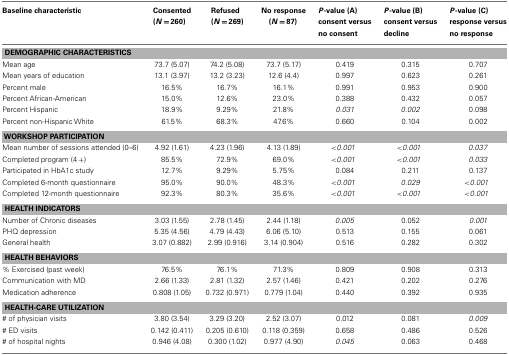
<table><thead><tr><td><b>Baseline characteristic</b></td><td><b>Consented (<i>N</i> = 260)</b></td><td><b>Refused (<i>N</i> = 269)</b></td><td><b>No response(<i>N</i> = 87)</b></td><td><b><i>P</i>-value (A) consent versus no consent</b></td><td><b><i>P</i>-value (B) consent versus decline</b></td><td><b><i>P</i>-value (C) response versus no response</b></td></tr></thead><tbody><tr><td colspan="7"><b>DEMOGRAPHIC CHARACTERISTICS</b></td></tr><tr><td>Mean age</td><td>73.7 (5.07)</td><td>74.2 (5.08)</td><td>73.7 (5.17)</td><td>0.419</td><td>0.315</td><td>0.707</td></tr><tr><td>Mean years of education</td><td>13.1 (3.97)</td><td>13.2 (3.23)</td><td>12.6 (4.4)</td><td>0.997</td><td>0.623</td><td>0.261</td></tr><tr><td>Percent male</td><td>16.5%</td><td>16.7%</td><td>16.1%</td><td>0.991</td><td>0.953</td><td>0.900</td></tr><tr><td>Percent African-American</td><td>15.0%</td><td>12.6%</td><td>23.0%</td><td>0.388</td><td>0.432</td><td>0.057</td></tr><tr><td>Percent Hispanic</td><td>18.9%</td><td>9.29%</td><td>21.8%</td><td><i>0.031</i></td><td><i>0.002</i></td><td>0.098</td></tr><tr><td>Percent non-Hispanic White</td><td>61.5%</td><td>68.3%</td><td>47.6%</td><td>0.660</td><td>0.104</td><td>0.002</td></tr><tr><td colspan="7"><b>WORKSHOP PARTICIPATION</b></td></tr><tr><td>Mean number of sessions attended (0–6)</td><td>4.92 (1.61)</td><td>4.23 (1.96)</td><td>4.13 (1.89)</td><td>&lt;<i>0.001</i></td><td>&lt;<i>0.001</i></td><td><i>0.037</i></td></tr><tr><td>Completed program (4 +)</td><td>85.5%</td><td>72.9%</td><td>69.0%</td><td>&lt;<i>0.001</i></td><td>&lt;<i>0.001</i></td><td><i>0.033</i></td></tr><tr><td>Participated in HbA1c study</td><td>12.7%</td><td>9.29%</td><td>5.75%</td><td>0.084</td><td>0.211</td><td>0.137</td></tr><tr><td>Completed 6-month questionnaire</td><td>95.0%</td><td>90.0%</td><td>48.3%</td><td>&lt;<i>0.001</i></td><td><i>0.029</i></td><td>&lt;<i>0.001</i></td></tr><tr><td>Completed 12-month questionnaire</td><td>92.3%</td><td>80.3%</td><td>35.6%</td><td>&lt;<i>0.001</i></td><td>&lt;<i>0.001</i></td><td>&lt;<i>0.001</i></td></tr><tr><td colspan="7"><b>HEALTH INDICATORS</b></td></tr><tr><td>Number of Chronic diseases</td><td>3.03 (1.55)</td><td>2.78 (1.45)</td><td>2.44 (1.18)</td><td><i>0.005</i></td><td>0.052</td><td><i>0.001</i></td></tr><tr><td>PHQ depression</td><td>5.35 (4.56)</td><td>4.79 (4.43)</td><td>6.06 (5.10)</td><td>0.513</td><td>0.155</td><td>0.061</td></tr><tr><td>General health</td><td>3.07 (0.882)</td><td>2.99 (0.916)</td><td>3.14 (0.904)</td><td>0.516</td><td>0.282</td><td>0.302</td></tr><tr><td colspan="7"><b>HEALTH BEHAVIORS</b></td></tr><tr><td>% Exercised (past week)</td><td>76.5%</td><td>76.1%</td><td>71.3%</td><td>0.809</td><td>0.908</td><td>0.313</td></tr><tr><td>Communication with MD</td><td>2.66 (1.33)</td><td>2.81 (1.32)</td><td>2.57 (1.46)</td><td>0.421</td><td>0.202</td><td>0.276</td></tr><tr><td>Medication adherence</td><td>0.808 (1.05)</td><td>0.732 (0.971)</td><td>0.779 (1.04)</td><td>0.440</td><td>0.392</td><td>0.935</td></tr><tr><td colspan="7"><b>HEALTH-CARE UTILIZATION</b></td></tr><tr><td># of physician visits</td><td>3.80 (3.54)</td><td>3.29 (3.20)</td><td>2.52 (3.07)</td><td>0.012</td><td>0.081</td><td><i>0.009</i></td></tr><tr><td># ED visits</td><td>0.142 (0.411)</td><td>0.205 (0.610)</td><td>0.118 (0.359)</td><td>0.658</td><td>0.486</td><td>0.526</td></tr><tr><td># of hospital nights</td><td>0.946 (4.08)</td><td>0.300 (1.02)</td><td>0.977 (4.90)</td><td><i>0.045</i></td><td>0.063</td><td>0.468</td></tr></tbody></table>